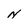
Character: N